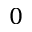
0